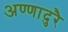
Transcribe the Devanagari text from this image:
अण्णादुरै